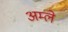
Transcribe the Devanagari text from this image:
अम्‍ले